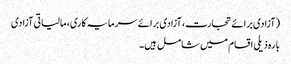
(آزادی برائے تجارت، آزادی برائے سرمایہ کاری، مالیاتی آزادی
بارہ ذیلی اقسام میں شامل ہیں۔